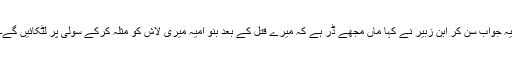
یہ جواب سن کر ابن زبیر نے کہا ماں مجھے ڈر ہے کہ میرے قتل کے بعد بنو امیہ میری لاش کو مثلہ کرکے سولی پر لٹکائیں گے۔